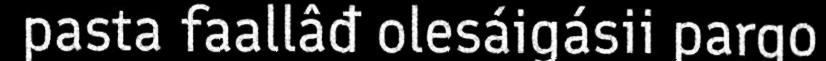
pasta faallâđ olesáigásii pargo